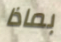
بماذا